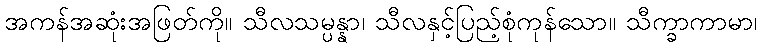
အကန်အဆုံးအဖြတ်ကို။ သီလသမ္ပန္နာ၊ သီလနှင့်ပြည့်စုံကုန်သော။ သီက္ခာကာမာ၊